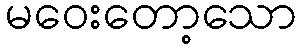
မဝေးတော့သော